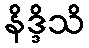
နိဒ္ဒိသိ